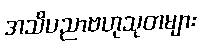
အသိပညာဗဟုသုတများ